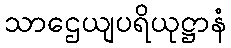
သာဌေယျပရိယုဋ္ဌာနံ